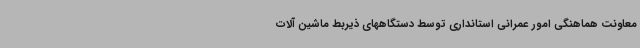
معاونت هماهنگی امور عمرانی استانداری توسط دستگاههای ذیربط ماشین آلات